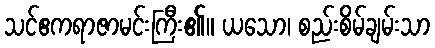
သင်ဧကရာဇာမင်းကြီး၏။ ယသော၊ စည်းစိမ်ချမ်းသာ